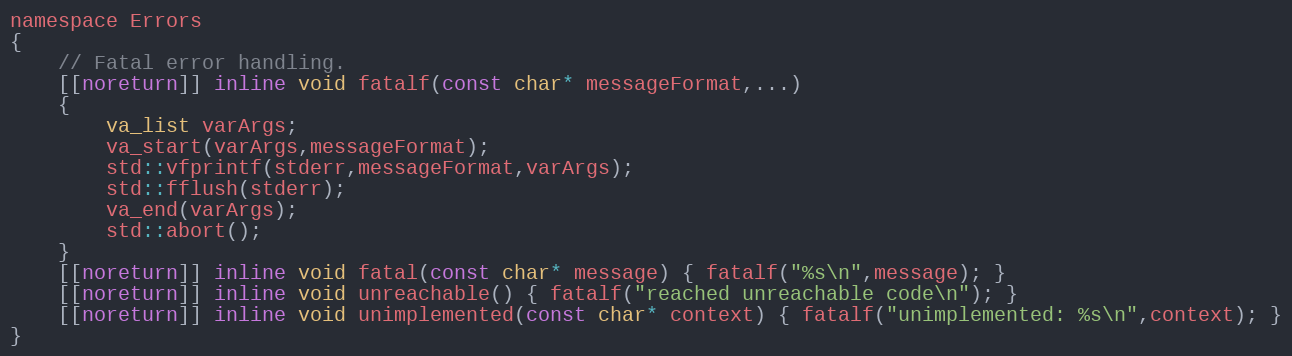
Language: C
namespace Errors
{
	// Fatal error handling.
	[[noreturn]] inline void fatalf(const char* messageFormat,...)
	{
		va_list varArgs;
		va_start(varArgs,messageFormat);
		std::vfprintf(stderr,messageFormat,varArgs);
		std::fflush(stderr);
		va_end(varArgs);
		std::abort();
	}
	[[noreturn]] inline void fatal(const char* message) { fatalf("%s\n",message); }
	[[noreturn]] inline void unreachable() { fatalf("reached unreachable code\n"); }
	[[noreturn]] inline void unimplemented(const char* context) { fatalf("unimplemented: %s\n",context); }
}